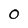
Character: 0